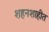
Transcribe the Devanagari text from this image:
शहनशाहीत